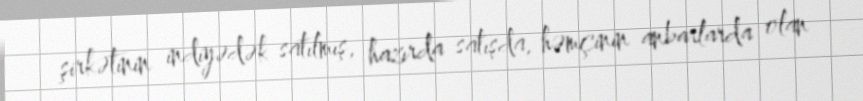
şirkətinin indiyədək satılmış, hazırda satışda, həmçinin anbarlarda olan